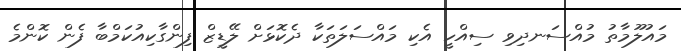
މައުލޫމާތު މުއްސަނދިވި ސިއްހީ އެކި މައްސަލަތަކާ ދެކޮޅަށް ލޭޑީޒް ފިންގާކިއުކަމްބާ ފެން ކޮންމެ